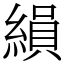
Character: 縜